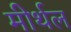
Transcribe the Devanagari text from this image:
मीर्थल